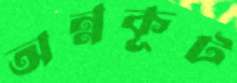
অন্নকূট